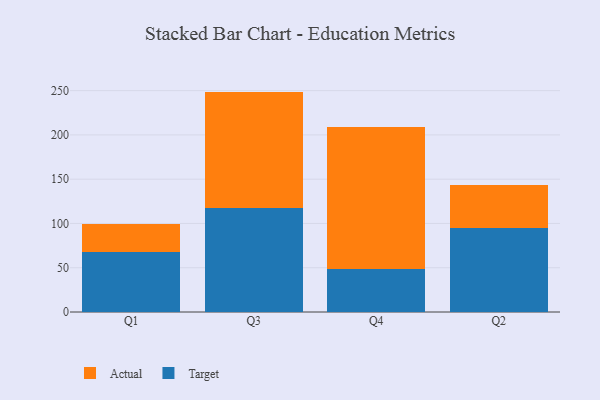
{"axis": {"x": "Quarter", "y": "Temperature (°C)"}, "legend": ["Actual", "Target"], "data": [{"x": "Q1", "y": 67.3, "type": "Target"}, {"x": "Q1", "y": 31.9, "type": "Actual"}, {"x": "Q3", "y": 117.4, "type": "Target"}, {"x": "Q3", "y": 131.5, "type": "Actual"}, {"x": "Q4", "y": 48.4, "type": "Target"}, {"x": "Q4", "y": 160.3, "type": "Actual"}, {"x": "Q2", "y": 94.7, "type": "Target"}, {"x": "Q2", "y": 48.4, "type": "Actual"}]}